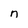
Character: n